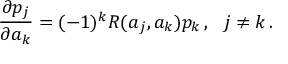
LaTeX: { \frac { \partial p _ { j } } { \partial a _ { k } } } = ( - 1 ) ^ { k } R ( a _ { j } , a _ { k } ) p _ { k } \, , \ \ j \neq k \, .